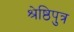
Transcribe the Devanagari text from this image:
श्रेष्ठिपुत्र